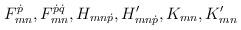
LaTeX: \begin{align*}F_{mn}^{\dot{p}}, F_{mn}^{\dot{p}\dot{q}}, H_{mn\dot{p}}, H'_{mn\dot{p}}, K_{mn}, K'_{mn}\end{align*}